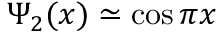
\Psi _ { 2 } ( x ) \simeq \cos \pi x